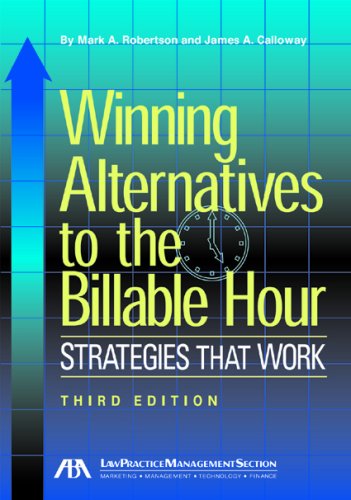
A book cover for Winning Alternatives to the Billable Hour: Strategies that Work; Mark A. Robertson; Law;